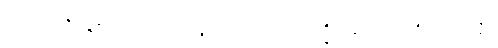
သည်။ ပုရိမနယေနေဝ၊ သာလျှင်။ မဟာသံဃရက္ခိတတ္ထေရော ဝိယ၊ ကဲ့သို့။